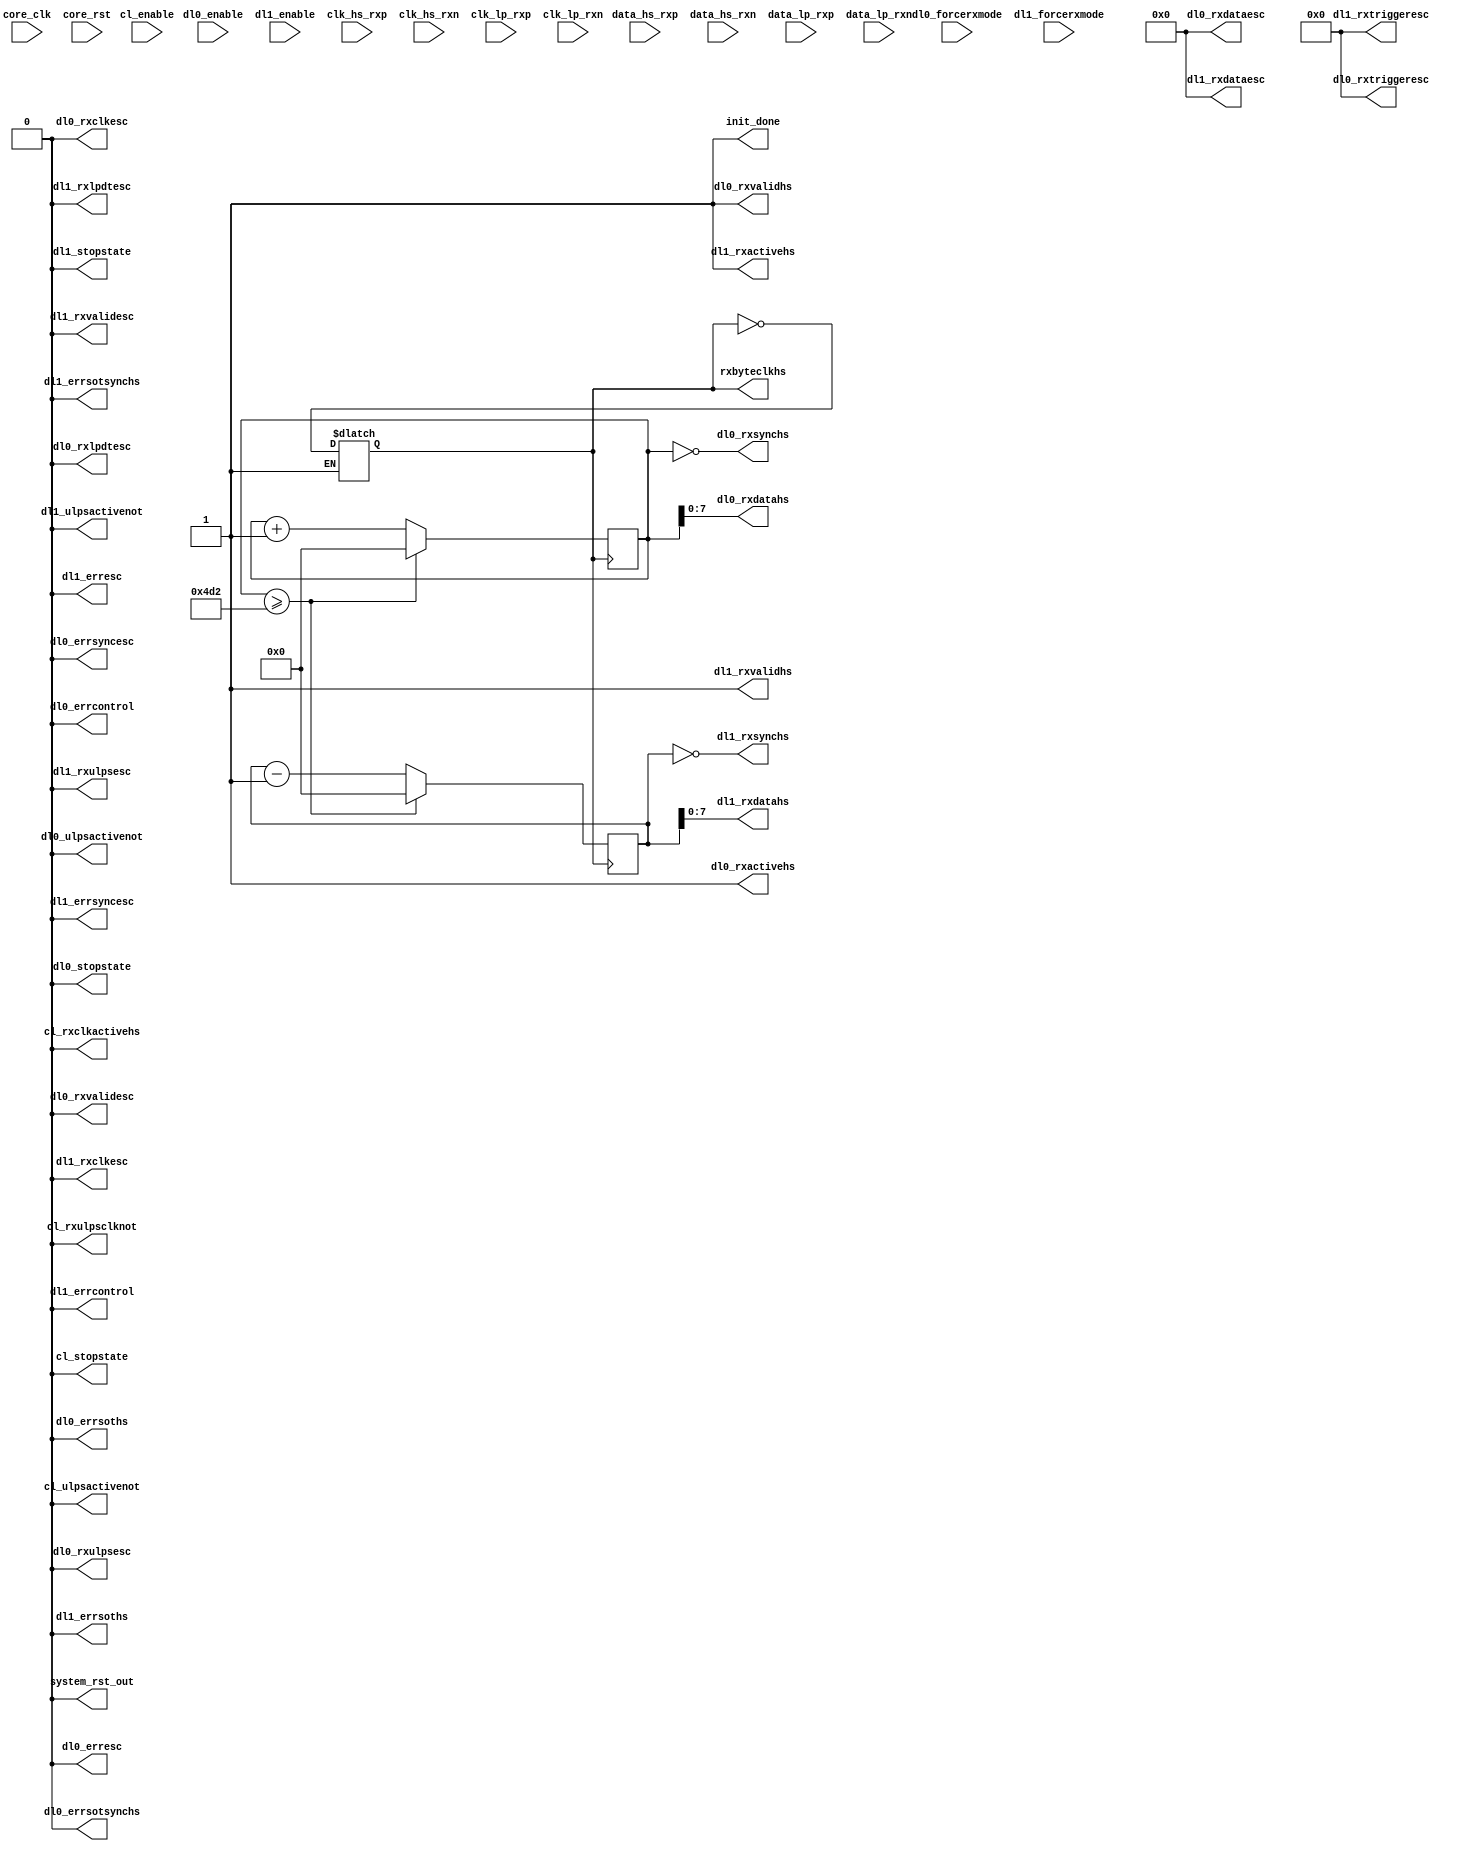
`timescale 1ns/1ps


module mipi_dphy_cam
#( 
   // DPHY Function Mode
   // Valid values are MASTER (TX) and SLAVE (RX)
   parameter C_DPHY_MODE = "SLAVE", 
   // DPHY Data Lanes
   // Valid values are from 1 to 4	   
   parameter C_DPHY_LANES = 2, 
   // DPHY Line Rate in Mbps
   // Valid values are from 80 to 1500 in the order of 1 Mbps
   // No real values are allowed in Line Rate	   
   parameter C_HS_LINE_RATE = 912, 
   // T_LPX protocol timing parameter in ns
   // Default : 50 ns
   // Valid values are from 50 to 100 	   
   parameter C_LPX_PERIOD = 50,
   // Stable clock period in ns
   parameter C_STABLE_CLK_PERIOD = 5.000,
   // Escape mode clock period in ns
   // Valid range is from 50 to 100 ns (10 MHz to 20 MHz)
   // Usually equals to T_LPX timing parameter	   
   parameter C_ESC_CLK_PERIOD = 50.000,
   // T_INIT Timing parameter for Initialization
   // Valid range is from 500 us to 1 ms
   // MASTER (TX) is configured for 1 ms
   // SLAVE (RX) is configured for 500 us
   parameter C_INIT = 100000, 
   // T_WAKEUP timing parameter
   // Valid value is 1 ms for MASTER (TX) and SLAVE (RX)  
   parameter C_WAKEUP = 1000000,  
   // HS [T/R]X Timeout in bytes
   // Valid range is from 1000 to 65541	   
   parameter C_HS_TIMEOUT = 65541,
   // Escape mode timeout in ns
   // TX DPHY use this param as Escape Mode Silence Timeout for LPDT
   // RX DPHY use this param as Escape Mode Timeout for LPDT
   // 32 Bytes x T_LPX(50) x 16  = 25600
   parameter C_ESC_TIMEOUT = 25600,
   // Synchronizer flip-flop stages and arrived using device 
   // characterization metrics
   // Valid range is from 3 to 7	   
   parameter MTBF_SYNC_STAGES = 3,
   parameter C_EN_TIMEOUT_REGS = 0,
   parameter DPHY_PRESET = "None",
   parameter SUPPORT_LEVEL = 1,
   // AXI-Lite Register Interface Enable	   
   parameter C_EN_REG_IF = 0,
   // Additional debug registers	   
   parameter C_EN_DEBUG_REGS = 0,
   // Simulation control
   parameter C_EXAMPLE_SIMULATION = "false",
   // TXPLL input clock frequency in ns
   parameter C_TXPLL_CLKIN_PERIOD = 8.0,
   // byteclkhs clock period derived from line rate  
   parameter C_DIV4_CLK_PERIOD = 8.772,     
   // Calibration Mode for IDELAY in Slave mode of IP
   parameter C_CAL_MODE = "FIXED",
   // IDELAY Tap value when calibration mode is Fixed
   parameter C_IDLY_TAP = 0
   )
   (
       input                core_clk,
       input                core_rst,
       output               rxbyteclkhs,
       output               system_rst_out,
       output               init_done,

       //Clock lane PPI RX interface 
       output               cl_rxclkactivehs,
       output               cl_stopstate,
       input                cl_enable,
       output               cl_rxulpsclknot,
       output               cl_ulpsactivenot,

       //Data lane - 0 PPI RX high speed signals
       output   [7:0]       dl0_rxdatahs,
       output               dl0_rxvalidhs,
       output               dl0_rxactivehs,
       output               dl0_rxsynchs,

       //Data lane - 0 RX control siganls
       input                dl0_forcerxmode,
       output               dl0_stopstate,
       input                dl0_enable,
       output               dl0_ulpsactivenot,

       //Data lane - 0 RX escape mode signals
       output               dl0_rxclkesc,
       output               dl0_rxlpdtesc,
       output               dl0_rxulpsesc,
       output   [3:0]       dl0_rxtriggeresc,
       output   [7:0]       dl0_rxdataesc,
       output               dl0_rxvalidesc,

       //Data lane - 0 RX error signals
       output               dl0_errsoths,
       output               dl0_errsotsynchs,
       output               dl0_erresc,
       output               dl0_errsyncesc,
       output               dl0_errcontrol,

       //Data lane - 1 PPI RX high speed signals
       output   [7:0]       dl1_rxdatahs,
       output               dl1_rxvalidhs,
       output               dl1_rxactivehs,
       output               dl1_rxsynchs,

       //Data lane - 1 RX control siganls
       input                dl1_forcerxmode,
       output               dl1_stopstate,
       input                dl1_enable,
       output               dl1_ulpsactivenot,

       //Data lane - 1 RX escape mode signals
       output               dl1_rxclkesc,
       output               dl1_rxlpdtesc,
       output               dl1_rxulpsesc,
       output   [3:0]       dl1_rxtriggeresc,
       output   [7:0]       dl1_rxdataesc,
       output               dl1_rxvalidesc,

       //Data lane - 1 RX error signals
       output               dl1_errsoths,
       output               dl1_errsotsynchs,
       output               dl1_erresc,
       output               dl1_errsyncesc,
       output               dl1_errcontrol,
       //IO I/F signals for SLAVE(RX)
       input                clk_hs_rxp,
       input                clk_hs_rxn,
       input    [C_DPHY_LANES -1:0] data_hs_rxp,
       input    [C_DPHY_LANES -1:0] data_hs_rxn,
       input                clk_lp_rxp,
       input                clk_lp_rxn,
       input    [C_DPHY_LANES -1:0] data_lp_rxp,
       input    [C_DPHY_LANES -1:0] data_lp_rxn
   );
	
	parameter  RATE_HS = 8.768;
	
	
	reg		reset = 1;
	initial #100 reset = 0;
	
	reg		busy = 1;
	initial #1000 busy = 1;
	
	
	reg		hs_clk = 1;
	always #(RATE_HS/2.0) begin
		if ( busy ) begin
			hs_clk = ~hs_clk;
		end
	end
	
	reg		[15:0]	reg_data0 = 0;
	reg		[15:0]	reg_data1 = 0;
	always @(posedge hs_clk) begin
		reg_data0 <= reg_data0 + 1;
		reg_data1 <= reg_data1 - 1;
		
		if ( reg_data0 >= 1234 ) begin
			reg_data0 <= 0;
			reg_data1 <= 0;
		end
	end
	
	
	
	assign rxbyteclkhs      = hs_clk;
	assign system_rst_out   = reset;
	assign init_done        = ~reset;
	
	assign cl_rxclkactivehs  = 0;
	assign cl_stopstate      = 0;
	assign cl_rxulpsclknot   = 0;
	assign cl_ulpsactivenot  = 0;
	
	assign dl0_rxdatahs      = reg_data0;
	assign dl0_rxvalidhs     = 1;
	assign dl0_rxactivehs    = 1;
	assign dl0_rxsynchs      = (reg_data0 == 0);
	
	assign dl0_stopstate     = 0;
	assign dl0_ulpsactivenot = 0;
	
	assign dl0_rxclkesc      = 0;
	assign dl0_rxlpdtesc     = 0;
	assign dl0_rxulpsesc     = 0;
	assign dl0_rxtriggeresc  = 0;
	assign dl0_rxdataesc     = 0;
	assign dl0_rxvalidesc    = 0;
	
	assign dl0_errsoths      = 0;
	assign dl0_errsotsynchs  = 0;
	assign dl0_erresc        = 0;
	assign dl0_errsyncesc    = 0;
	assign dl0_errcontrol    = 0;
	
	assign dl1_rxdatahs      = reg_data1;
	assign dl1_rxvalidhs     = 1;
	assign dl1_rxactivehs    = 1;
	assign dl1_rxsynchs      = (reg_data1 == 0);
	
	assign dl1_stopstate     = 0;
	assign dl1_ulpsactivenot = 0;
	
	assign dl1_rxclkesc = 0;
	assign dl1_rxlpdtesc = 0;
	assign dl1_rxulpsesc = 0;
	assign dl1_rxtriggeresc = 0;
	assign dl1_rxdataesc = 0;
	assign dl1_rxvalidesc = 0;

	assign dl1_errsoths = 0;
	assign dl1_errsotsynchs = 0;
	assign dl1_erresc       = 0;
	assign dl1_errsyncesc  = 0;
	assign dl1_errcontrol  = 0;
	
	
	
endmodule